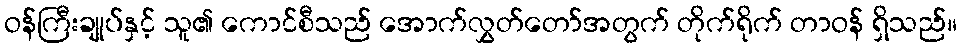
ဝန်ကြီးချုပ်နှင့် သူ၏ ကောင်စီသည် အောက်လွှတ်တော်အတွက် တိုက်ရိုက် တာဝန် ရှိသည်။